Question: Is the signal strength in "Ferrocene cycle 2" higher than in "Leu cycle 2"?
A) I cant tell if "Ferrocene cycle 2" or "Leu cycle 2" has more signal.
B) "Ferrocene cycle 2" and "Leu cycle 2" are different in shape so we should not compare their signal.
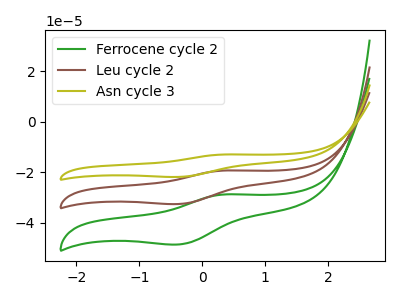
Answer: <think>The green curve "Ferrocene cycle 2" has an anodic peak at (0.35V, -28.75uA) and a cathodic peak at (-0.35V, -48.55uA). The brown curve "Leu cycle 2" has an anodic peak at (0.35V, -19.25uA) and a cathodic peak at (-0.35V, -32.50uA). The olive curve "Asn cycle 3" has an anodic peak at (0.35V, -38.50uA) and a cathodic peak at (-0.35V, -65.05uA).
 All the peaks in "Ferrocene cycle 2" have a peak in "Leu cycle 2" at the same potential.</think>
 <answer>A) I cant tell if "Ferrocene cycle 2" or "Leu cycle 2" has more signal.</answer>
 <eval>A</eval>